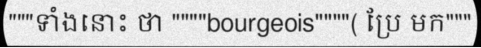
"""ទាំងនោះ ថា """"bourgeois""""( ប្រែ មក"""